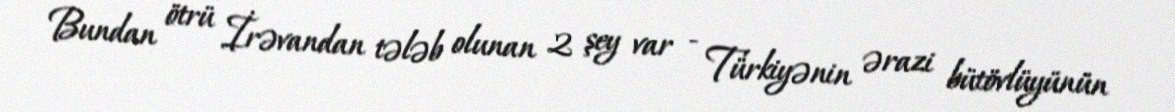
Bundan ötrü İrəvandan tələb olunan 2 şey var - Türkiyənin ərazi bütövlüyünün